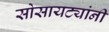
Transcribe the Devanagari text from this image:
सोसायट्यांनी